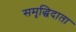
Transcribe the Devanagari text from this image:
समृद्धिदाता